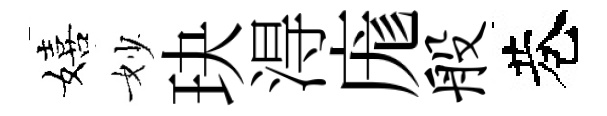
嬉妙玦淂庬般巷